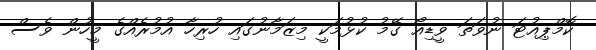
ކޮމްޕިއުޓަ ނުވަތަ ވީޑިއޯ ގޭމު ކުޅުމަކީ މިޒަމާނުގައި ހުރިހާ އުމުރެއްގެ މީހުން ވެސް